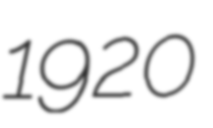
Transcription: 1920